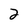
Character: 2